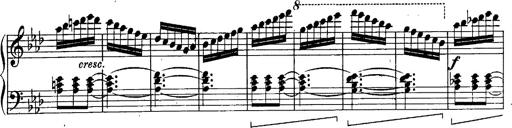
Title: Schubert's Impromptus [revised and edited by Franz Liszt]
Composer: Franz Liszt